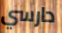
دارسي